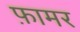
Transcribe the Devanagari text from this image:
फ़ामर